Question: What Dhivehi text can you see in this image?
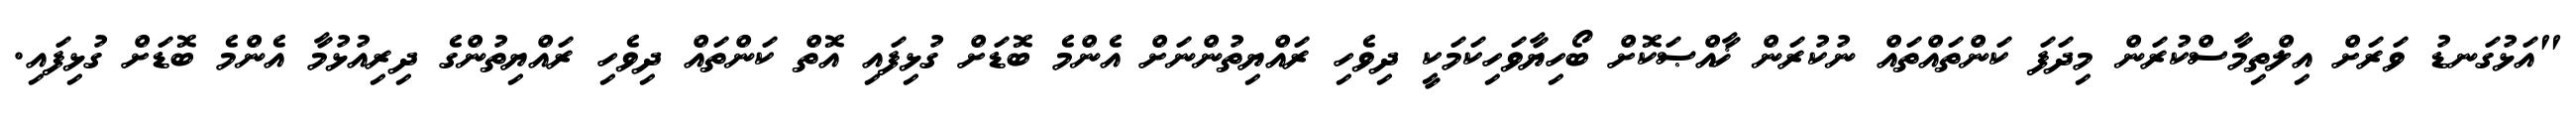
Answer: "އަޅުގަނޑު ވަރަށް އިލްތިމާސްކުރަން މިދަފަ ކަންތައްތައް ނުކުރަން ޚާއްޞަކޮށް ބޯހިޔާވަހިކަމަކީ ދިވެހި ރައްޔިތުންނަށް އެންމެ ބޮޑަށް ގުޅިފައި އޮތް ކަންތައް ދިވެހި ރައްޔިތުންގެ ދިރިއުޅުމާ އެންމެ ބޮޑަށް ގުޅިފައި.